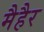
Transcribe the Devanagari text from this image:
मैहैर